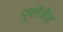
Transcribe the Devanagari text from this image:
फ्लैंजेंज़